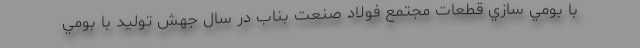
با بومي سازي قطعات مجتمع فولاد صنعت بناب در سال جهش تولید با بومي